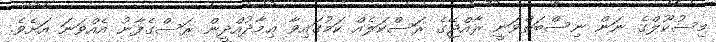
މިސުކޫލްގެ ނަން ނިސްބަތްވަނީ ރާއްޖޭގެ ރަސްކަލެއް ކަމުގައިވާ ޢިމާދުއްދީން ރަސްގެފާނު އެއްވަނަ އަށެވެ.